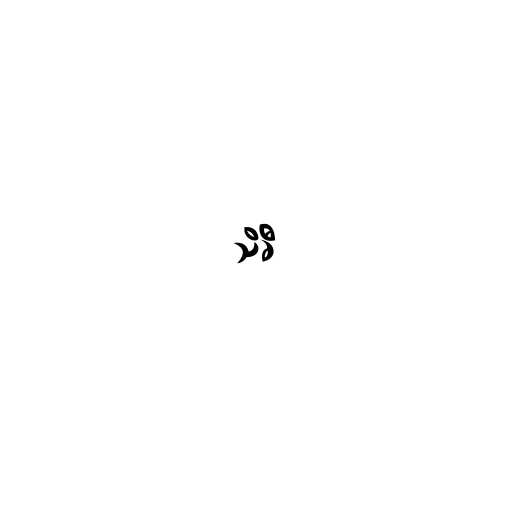
သိခီ